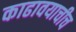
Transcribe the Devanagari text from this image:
काढावयाचीच